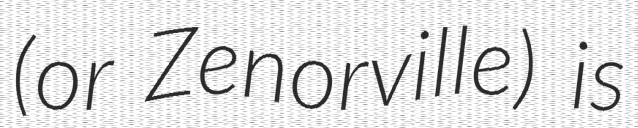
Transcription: (or Zenorville) is